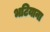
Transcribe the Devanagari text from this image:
भटियाना